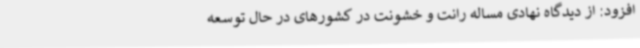
افزود: از دیدگاه نهادی مساله رانت و خشونت در کشورهای در حال توسعه